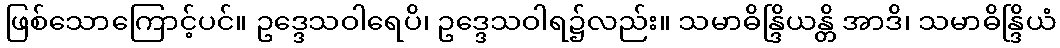
ဖြစ်သောကြောင့်ပင်။ ဥဒ္ဒေသဝါရေပိ၊ ဥဒ္ဒေသဝါရ၌လည်း။ သမာဓိန္ဒြိယန္တိ အာဒိ၊ သမာဓိန္ဒြိယံ